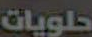
حلويات